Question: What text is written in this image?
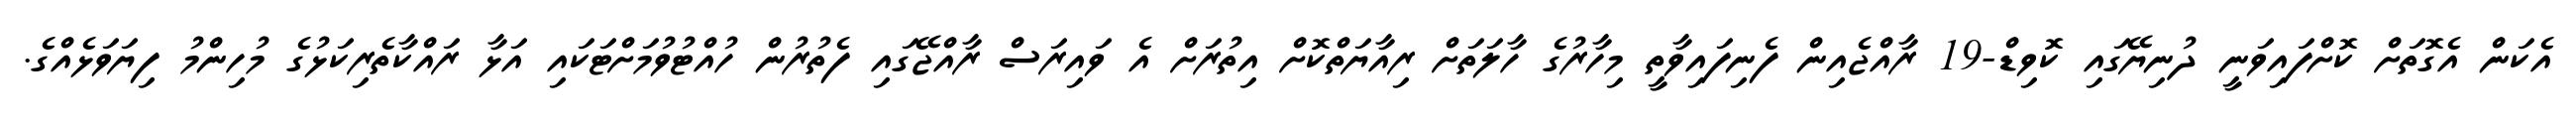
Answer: އެކަން އެގޮތަށް ކޮށްފައިވަނީ ދުނިޔޭގައި ކޮވިޑް-19 ރާއްޖެއިން ފެނިފައިވާތީ މިހާރުގެ ހާލަތަށް ރިއާޔަތްކޮށް އިތުރަށް އެ ވައިރަސް ރާއްޖޭގައި ފެތުރުން ހުއްޓުވުމަށްޓަކައި އަޅާ ރައްކާތެރިކަޅުގެ މުހިންމު ފިޔަވަޅެއްގެ.